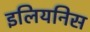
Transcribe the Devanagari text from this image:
इलियनिस